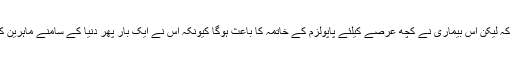
انہوں نے اس بات پر زور دیا کہ لیکن اس بیماری نے کچھ عرصے کیلئے پاپولزم کے خاتمہ کا باعث ہوگا کیونکہ اس نے ایک بار پھر دنیا کے سامنے ماہرین کی قدر کو بے نقاب کردیا ہے۔